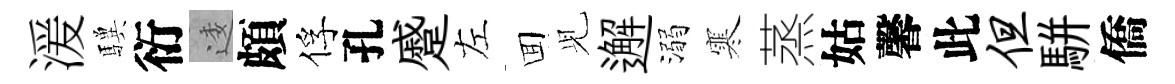
湲驥衍逶頗俘孔蹙左囬𫤗邂溺寒蒸姑馨此但駢僑